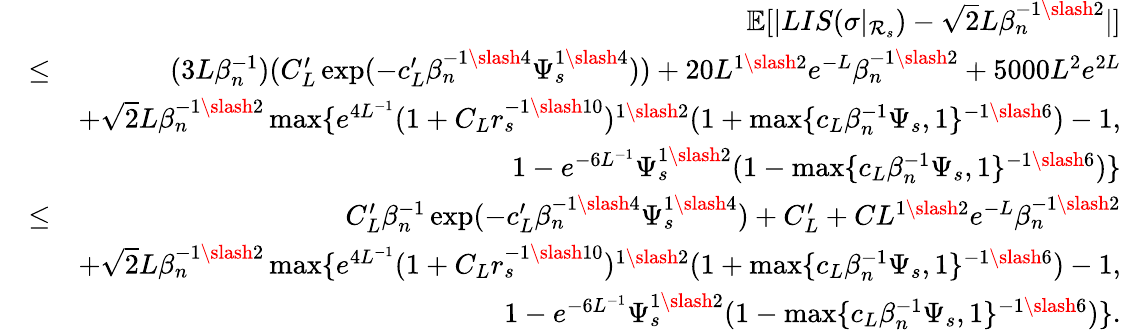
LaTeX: \begin{array}{rlr}&{}&{\mathbb{E}[|LIS(\sigma|_{\mathcal{R}_{s}})-\sqrt{2}L\beta_{n}^{-1\slash 2}|]}\\ &{\leq}&{(3L\beta_{n}^{-1})(C_{L}^{\prime}\exp(-c_{L}^{\prime}\beta_{n}^{-1\slash 4}\Psi_{s}^{1\slash 4}))+20L^{1\slash 2}e^{-L}\beta_{n}^{-1\slash 2}+5000L^{2}e^{2L}}\\ &{}&{+\sqrt{2}L\beta_{n}^{-1\slash 2}\operatorname*{max}\{ e^{4L^{-1}}(1+C_{L}r_{s}^{-1\slash 10})^{1\slash 2}(1+\operatorname*{max}\{ c_{L}\beta_{n}^{-1}\Psi_{s},1\} ^{-1\slash 6})-1,}\\ &{}&{\quad\quad\quad\quad\quad\quad\quad\quad\quad 1-e^{-6L^{-1}}\Psi_{s}^{1\slash 2}(1-\operatorname*{max}\{ c_{L}\beta_{n}^{-1}\Psi_{s},1\} ^{-1\slash 6})\} }\\ &{\leq}&{C_{L}^{\prime}\beta_{n}^{-1}\exp(-c_{L}^{\prime}\beta_{n}^{-1\slash 4}\Psi_{s}^{1\slash 4})+C_{L}^{\prime}+CL^{1\slash 2}e^{-L}\beta_{n}^{-1\slash 2}}\\ &{}&{+\sqrt{2}L\beta_{n}^{-1\slash 2}\operatorname*{max}\{ e^{4L^{-1}}(1+C_{L}r_{s}^{-1\slash 10})^{1\slash 2}(1+\operatorname*{max}\{ c_{L}\beta_{n}^{-1}\Psi_{s},1\} ^{-1\slash 6})-1,}\\ &{}&{\quad\quad\quad\quad\quad\quad\quad\quad\quad 1-e^{-6L^{-1}}\Psi_{s}^{1\slash 2}(1-\operatorname*{max}\{ c_{L}\beta_{n}^{-1}\Psi_{s},1\} ^{-1\slash 6})\} .}\end{array}